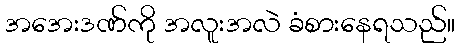
အအေးဒဏ်ကို အလူးအလဲ ခံစားနေရသည်။